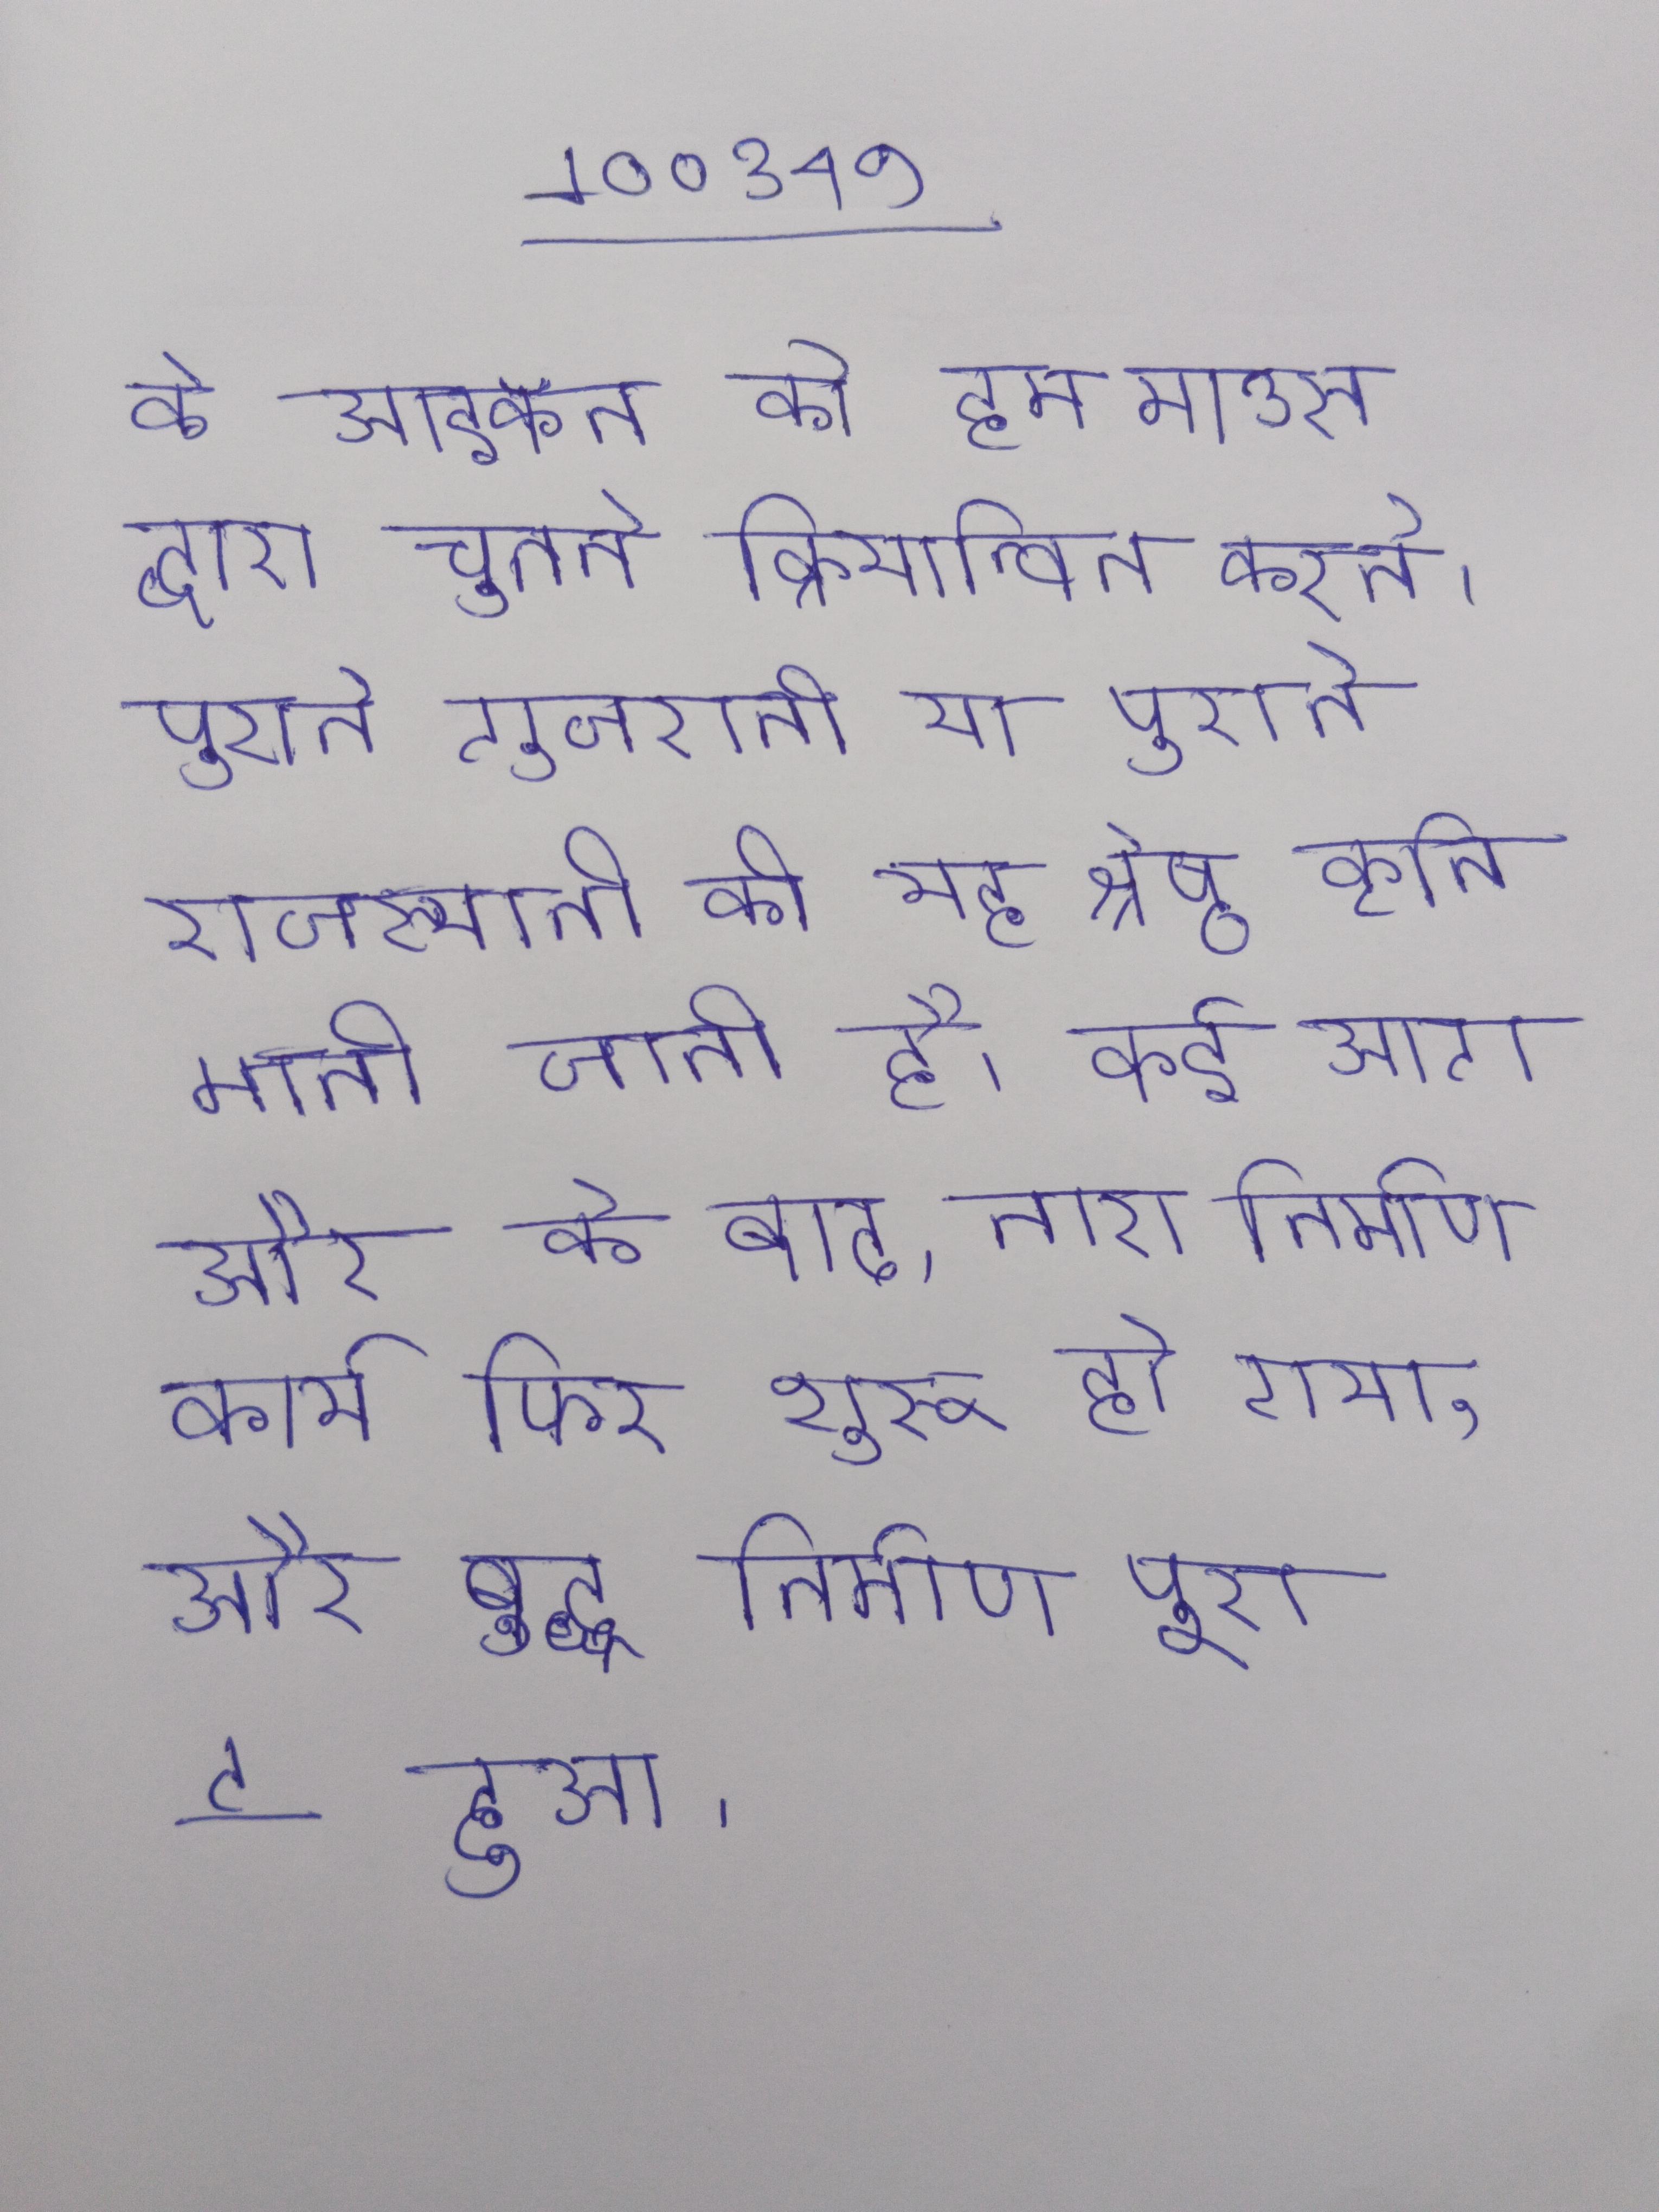
के आइकॉन को हम माउस द्वारा चुनते क्रियान्वित करते । पुराने गुजराती या पुराने राजस्थानी की यह श्रेष्ठ कृति मानी जाती है । कई आग और के बाद, नारा निर्माण कार्य फिर शुरू हो गया, और बुद्ध निर्माण पूरा हुआ ।